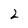
Character: 2